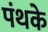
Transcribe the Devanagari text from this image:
पंथके